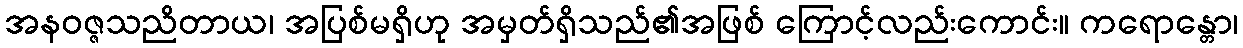
အနဝဇ္ဇသညိတာယ၊ အပြစ်မရှိဟု အမှတ်ရှိသည်၏အဖြစ် ကြောင့်လည်းကောင်း။ ကရောန္တော၊